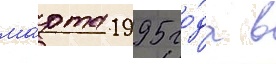
ма́рта 1995 го́да в